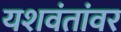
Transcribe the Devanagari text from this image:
यशवंतांवर